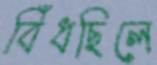
বিঁধছিলে